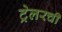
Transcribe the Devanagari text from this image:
ट्रेलरची